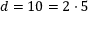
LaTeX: d = 1 0 = 2 \cdot 5